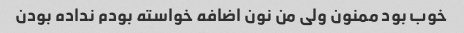
خوب بود ممنون ولی من نون اضافه خواسته بودم نداده بودن